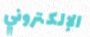
الإلكتروني